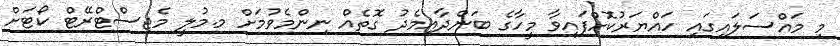
މި މައްސަލައިގައި ހައްޔަރުކޮށްފައިވާ މީހާގެ ބަންދާއިމެދު ގޮތެއް ނިންމެވުމަށް މ.މުލީ މެޖިސްޓްރޭޓް ކޯޓަށް